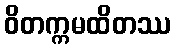
ဝိတက္ကမထိတဿ